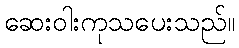
ဆေးဝါးကုသပေးသည်။